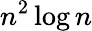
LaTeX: n^{2}\log n